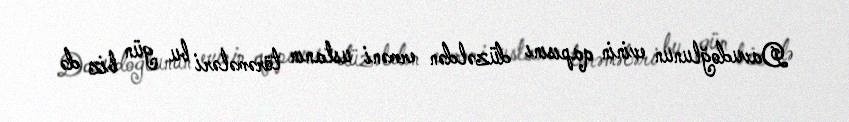
Davudoğlunun evinin qapısını düzəldən erməni ustanın törəmələri bu gün biz də